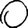
Digit: 0